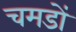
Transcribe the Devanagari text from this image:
चमडों